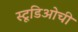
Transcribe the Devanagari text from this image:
स्टूडिओची